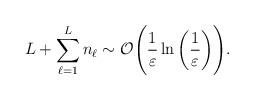
LaTeX: \begin{align*}L+\sum_{\ell=1}^L n_\ell \sim \mathcal{O}\Bigg( \frac{1}{\varepsilon}\ln\bigg(\frac{1}{\varepsilon}\bigg)\Bigg). \end{align*}